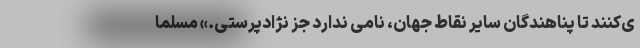
ی‌کنند تا پناهندگان سایر نقاط جهان، نامی ندارد جز نژادپرستی.» مسلما